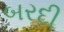
બરદી